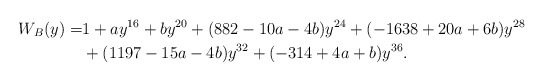
\begin{align*}W_{B}(y)=&1 + a y^{16} + b y^{20} + (882 -10a - 4b) y^{24} + (- 1638 + 20a + 6b) y^{28} \\ &+ (1197 -15a - 4b) y^{32} + (- 314 + 4a + b)y^{36}.\end{align*}